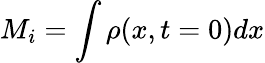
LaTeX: M_{i}=\int\rho(x,t=0)dx